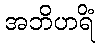
အဘိဟရိံ